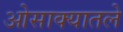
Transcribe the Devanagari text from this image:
ओसाक्यातले